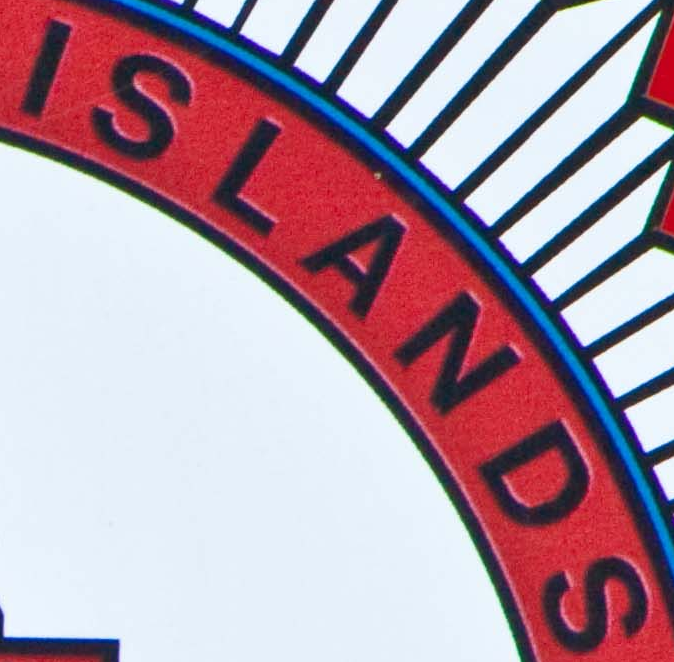
ISLANDS